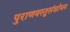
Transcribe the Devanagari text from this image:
पुराणवस्तुसंशोधन